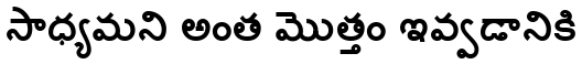
సాధ్యమని అంత మొత్తం ఇవ్వడానికి